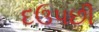
દઉપછી